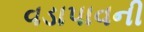
વડાપાવની